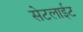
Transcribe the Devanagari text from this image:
सेटलाईट